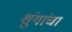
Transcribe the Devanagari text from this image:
शुंगांचा